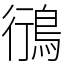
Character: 鴴